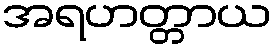
အရဟတ္တာယ